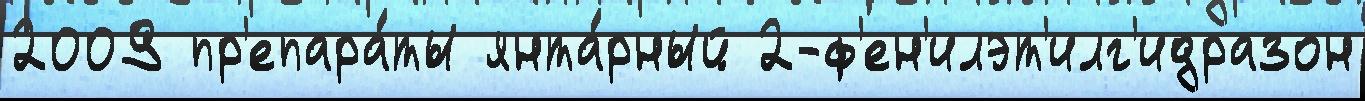
2009 пр'епара́ты янта́рный 2-ф'ен'илэт'илг'идразон